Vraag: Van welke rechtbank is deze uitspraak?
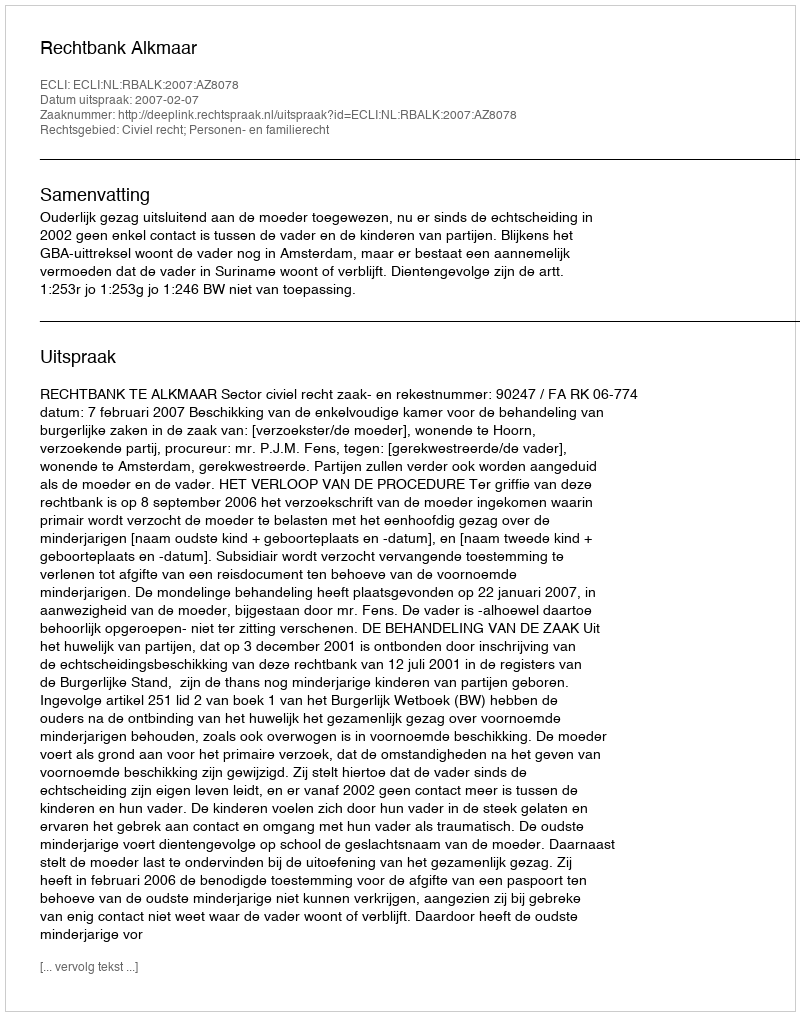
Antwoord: Rechtbank Alkmaar